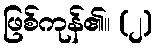
ဖြစ်ကုန်၏။ (၂)